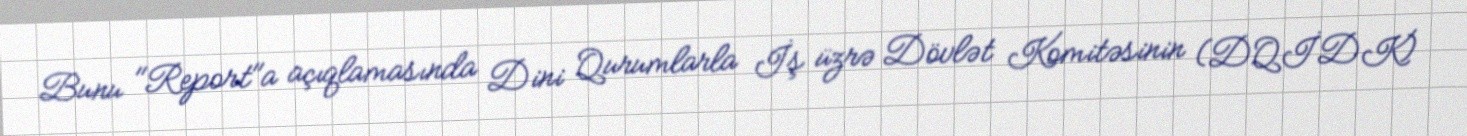
Bunu "Report"a açıqlamasında Dini Qurumlarla İş üzrə Dövlət Komitəsinin (DQİDK)